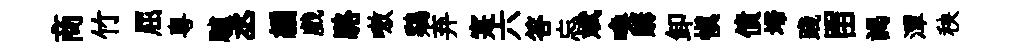
商竹屈粵驢丞編戲駱嗷鷄弃寔六答忘斌喚購卸慎債埽踐㽞謁潭秧